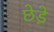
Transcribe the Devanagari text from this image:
छेडे़